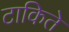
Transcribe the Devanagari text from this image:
टाकिते